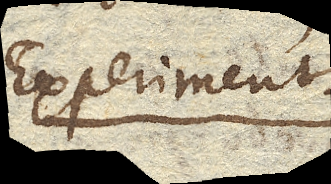
Experiment.